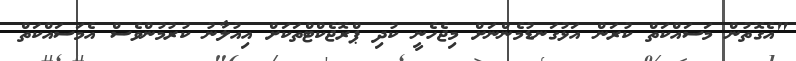
"އެގޮތުން މަސައްކަތް ކުރަން އަޅުގަނޑުމެންނަށް މިޖެހެނީ ކުދި ޕްރޮޖެކްޓްތަކަށް އިއުލާނު ކުރުމުންވެސް އެމަސައްކަތް